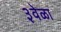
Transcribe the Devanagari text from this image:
३वेळा